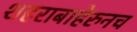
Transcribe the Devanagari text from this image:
शहराबाहेरुनच